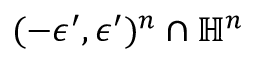
( - \epsilon ^ { \prime } , \epsilon ^ { \prime } ) ^ { n } \cap \mathbb { H } ^ { n }